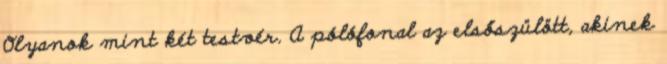
Olyanok mint két testvér. A pólófonal az elsőszülött, akinek